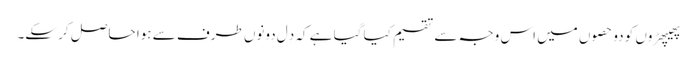
پھیپھڑوں کو دو حصوں میں اس وجہ سے تقسیم کیا گیا ہے کہ دِل دونوں طرف سے ہوا حاصل کر سکے۔